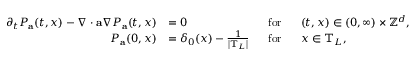
\begin{array} { r l r l } { \partial _ { t } P _ { \mathbf { a } } ( t , x ) - \nabla \cdot \mathbf { a } \nabla P _ { \mathbf { a } } ( t , x ) } & { = 0 } & { ~ ~ \mathrm { f o r } } & { ~ ~ ( t , x ) \in ( 0 , \infty ) \times \ensuremath { \mathbb { Z } ^ { d } } , } \\ { P _ { \mathbf { a } } ( 0 , x ) } & { = \delta _ { 0 } ( x ) - \frac { 1 } { \left| \mathbb { T } _ { L } \right| } } & { ~ ~ \mathrm { f o r } } & { ~ ~ x \in \mathbb { T } _ { L } , } \end{array}